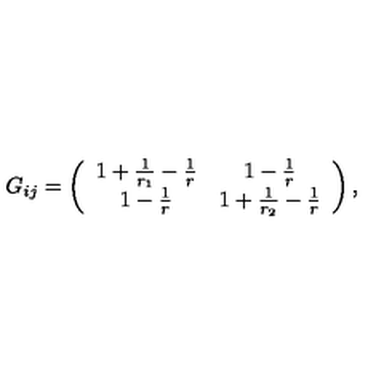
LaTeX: G _ { i j } = \left( \begin{array} { c c } { 1 + \frac { 1 } { r _ { 1 } } - \frac { 1 } { r } } & { 1 - \frac { 1 } { r } } \\ { 1 - \frac { 1 } { r } } & { 1 + \frac { 1 } { r _ { 2 } } - \frac { 1 } { r } } \\ \end{array} \right) ,